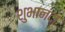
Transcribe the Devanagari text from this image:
शुभानंदा